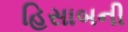
હિસાબની